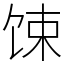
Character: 𫗧